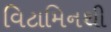
વિટામિનથી